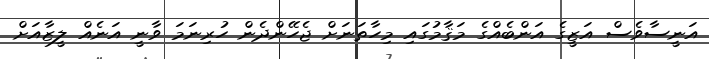
އަނީސާވެސް އަޒީގެ އަންބެއްގެ މަޤާމުގައި މިހާތަނަށް ޖެހޭންދެން ހުރިނަމަ ވާނީ އަނެއް ލީޒާއަށް